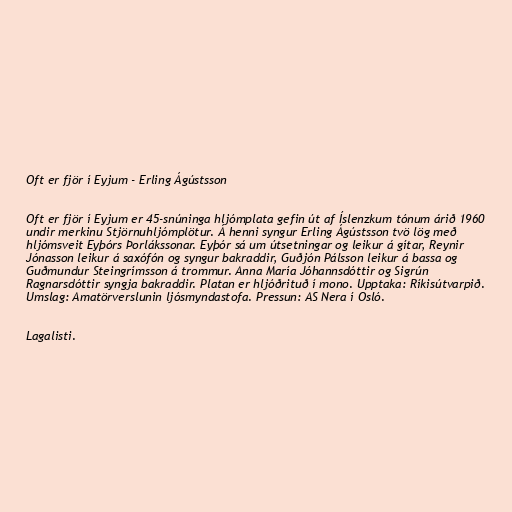
Oft er fjör í Eyjum - Erling Ágústsson

Oft er fjör í Eyjum er 45-snúninga hljómplata gefin út af Íslenzkum tónum árið 1960
undir merkinu Stjörnuhljómplötur. Á henni syngur Erling Ágústsson tvö lög með
hljómsveit Eyþórs Þorlákssonar. Eyþór sá um útsetningar og leikur á gítar, Reynir
Jónasson leikur á saxófón og syngur bakraddir, Guðjón Pálsson leikur á bassa og
Guðmundur Steingrímsson á trommur. Anna María Jóhannsdóttir og Sigrún
Ragnarsdóttir syngja bakraddir. Platan er hljóðrituð í mono. Upptaka: Ríkisútvarpið.
Umslag: Amatörverslunin ljósmyndastofa. Pressun: AS Nera í Osló.

Lagalisti.